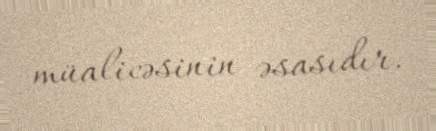
müalicəsinin əsasıdır.